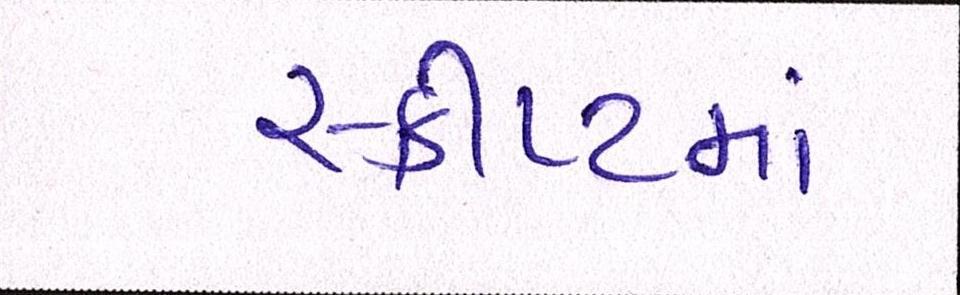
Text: સ્ક્રીપ્ટમાં